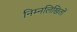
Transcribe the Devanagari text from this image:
निम्नलिखितों